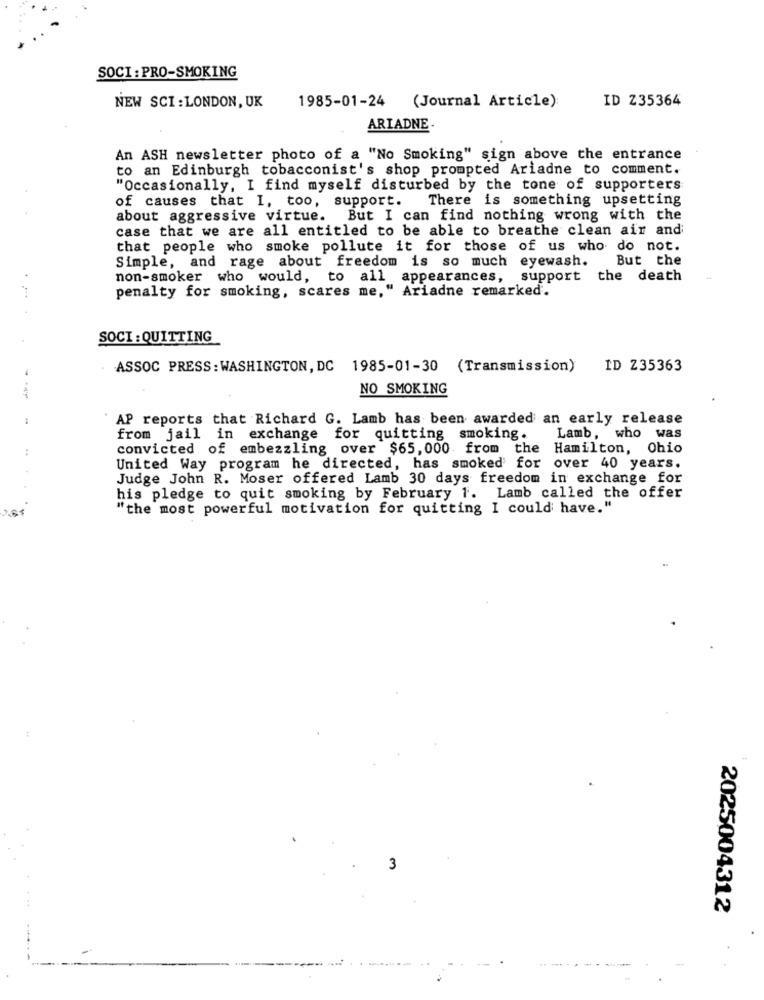
SOCI: PRO-SMOKING
ID Z35364
NEW SCI : LONDON, UK
1985-01-24 (Journal Article):
ARIADNE.
An ASH newsletter photo of a "No Smoking" sign above the entrance
to an Edinburgh tobacconist's shop prompted Ariadne to comment.
"Occasionally, I find myself disturbed by the tone of supporters
of causes that I, too, support.
There is something upsetting
about aggressive virtue. But I can find nothing wrong with the
case that we are all entitled to be able to breathe clean air and
that people who smoke pollute it for those of us who do not.
But the
Simple, and rage about freedom is so much eyewash.
non-smoker who would, to all appearances,
support the death
penalty for smoking, scares me," Ariadne remarked.
SOCI : QUITTING
ASSOC PRESS : WASHINGTON, DC 1985-01-30 (Transmission)
ID Z35363
NO SMOKING
AP reports that Richard G. Lamb has been awarded an early release
from jail in exchange for quitting smoking.
Lamb, who was
convicted of embezzling over $65,000. from the Hamilton, Ohio
United Way program he directed, has smoked for over 40 years.
Judge John R. Moser offered Lamb 30 days freedom in exchange for
his pledge to quit smoking by February 1. Lamb called the offer
"the most powerful motivation for quitting I could have."
3
2025004312
-----